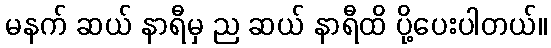
မနက် ဆယ် နာရီမှ ည ဆယ် နာရီထိ ပို့ပေးပါတယ်။